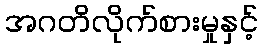
အဂတိလိုက်စားမှုနှင့်